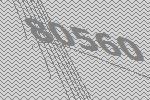
80560